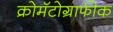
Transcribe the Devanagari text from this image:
क्रोमॅटोग्राफीक